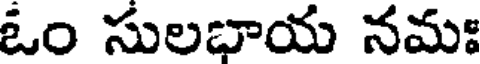
ఓం సులభాయ నమః